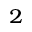
^ { 2 }